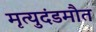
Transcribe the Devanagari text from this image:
मृत्युदंडमौत